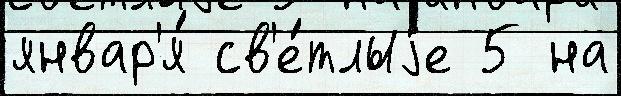
январ'я́ св'е́тлыjе 5 на